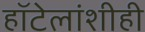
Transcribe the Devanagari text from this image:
हॉटेलांशीही